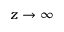
z \to \infty